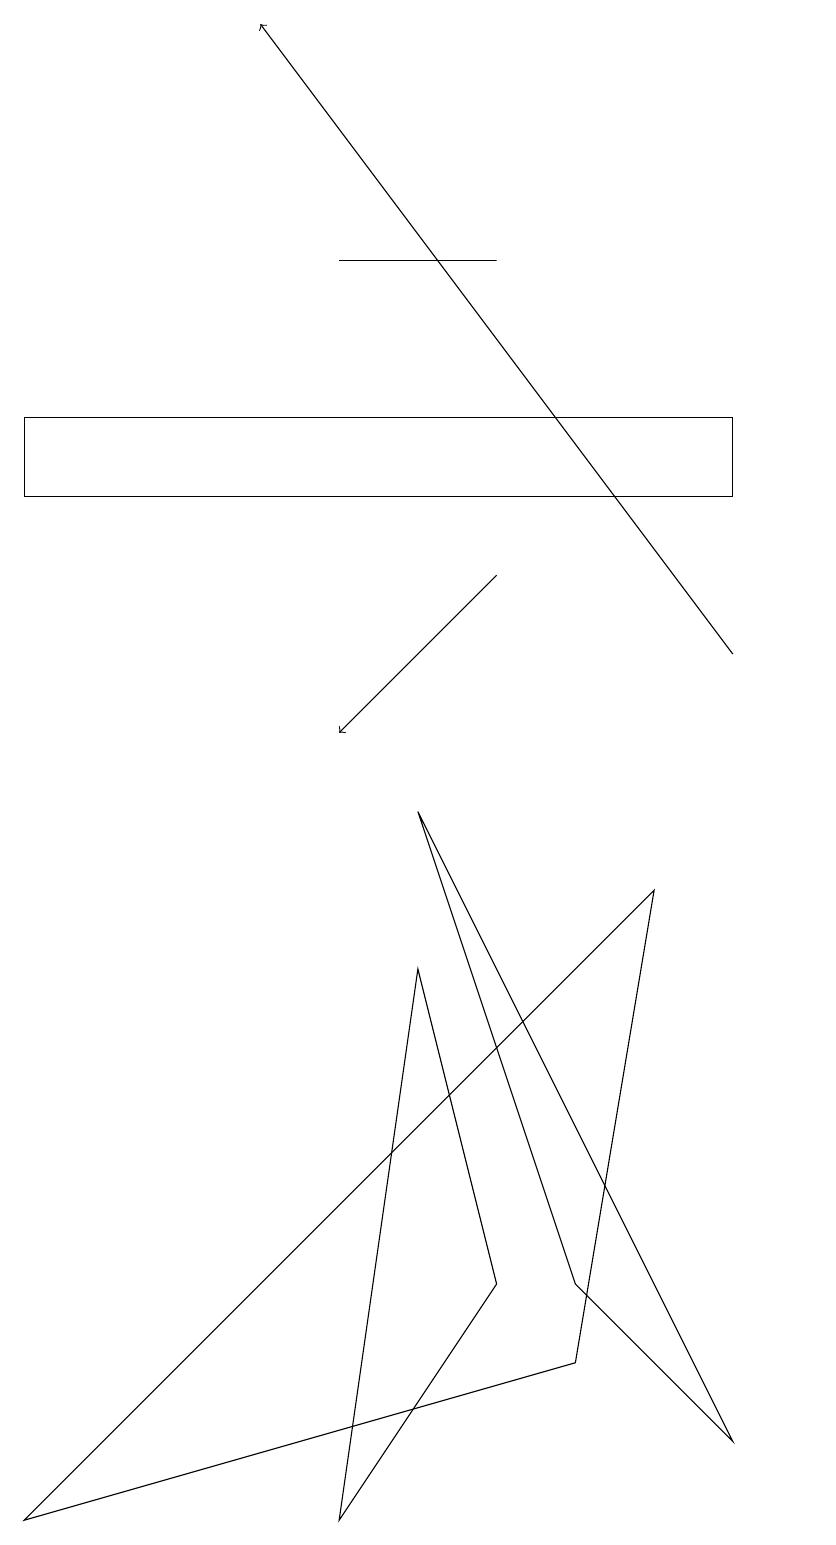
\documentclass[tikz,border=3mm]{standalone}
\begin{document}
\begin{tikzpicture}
\draw (4,16) rectangle (6,16);
\draw (5,9) -- (9,1) -- (7,3) -- cycle;
\draw (6,3) -- (5,7) -- (4,0) -- cycle;
\draw (0,14) rectangle (9,13);
\draw (8,8) -- (0,0) -- (7,2) -- cycle;
\draw[->] (9,11) -- (3,19);
\draw (10,10) circle (0);
\draw[->] (6,12) -- (4,10);
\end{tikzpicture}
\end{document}